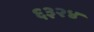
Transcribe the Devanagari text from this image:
६३२४